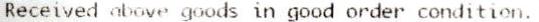
RECEIVED ABOVE GOODS IN GOOD ORDER CONDITION.